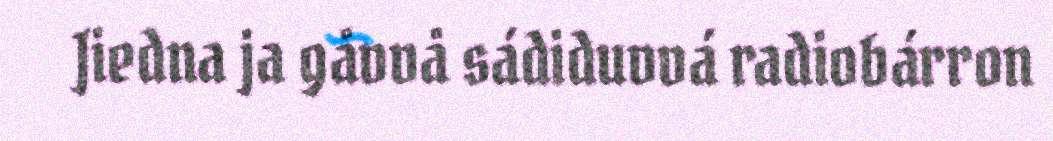
Jiedna ja gåvvå sádiduvvá radiobárron